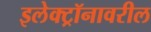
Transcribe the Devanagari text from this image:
इलेक्ट्रॉनावरील